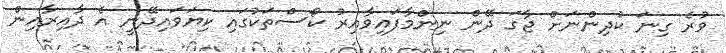
ވުރެ ގިނަ ކުދިންނަށް ޖާގަ ދޭން ނިންމާފައިވާއިރު ކޯސްތަކުގައި ކިޔަވައިދޭނީ އެ ދާއިރާއިން